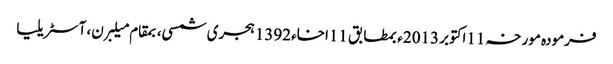
فرمودہ مورخہ 11اکتوبر 2013ء بمطابق 11اخاء 1392 ہجری شمسی، بمقام میلبرن، آسٹریلیا